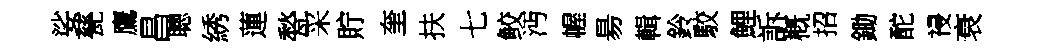
娑甆鷹昌聰綉蓮甃采貯奎扶七鲛沔幄昜輯鈴駮鯉訴槪招鋤酡祲衰